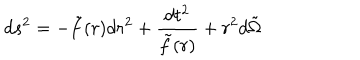
d s ^ { 2 } = - \tilde { f } ( r ) d r ^ { 2 } + \frac { d t ^ { 2 } } { \tilde { f } ( r ) } + r ^ { 2 } d \tilde { \Omega }